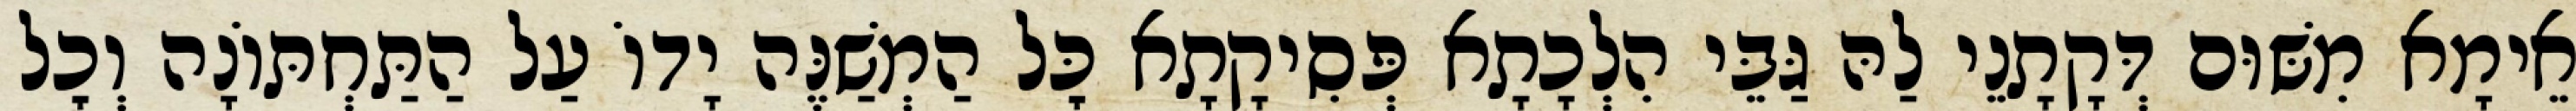
אֵימָא מִשּׁוּם דְּקָתָנֵי לַהּ גַּבֵּי הִלְכָתָא פְּסִיקָתָא כׇּל הַמְשַׁנֶּה יָדוֹ עַל הַתַּחְתּוֹנָה וְכׇל